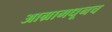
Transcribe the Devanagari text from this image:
आग्रामधूनच